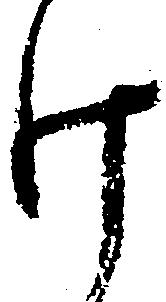
け